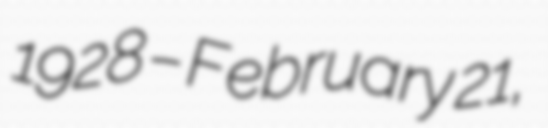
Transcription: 1928 – February 21,